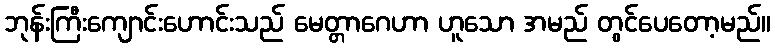
ဘုန်းကြီးကျောင်းဟောင်းသည် မေတ္တာဂေဟာ ဟူသော အမည် တွင်ပေတော့မည်။